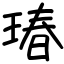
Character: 瑃